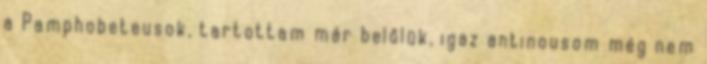
a Pamphobeteusok, tartottam már belőlük, igaz antinousom még nem